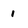
Character: 1